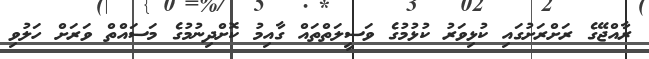
ރާއްޖޭގެ ރަށްރަށުގައި ކުޅިވަރު ކުޅުމުގެ ވަސީލަތްތައް ގާއިމު ކޮށްދިނުމުގެ މަސައްތް ވަރަށް ހަލުވި